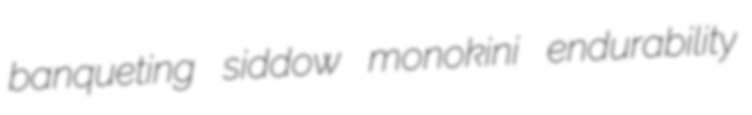
banqueting siddow monokini endurability